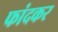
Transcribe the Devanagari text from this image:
फांदकर